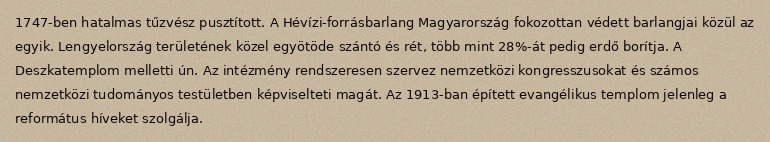
1747-ben hatalmas tűzvész pusztított. A Hévízi-forrásbarlang Magyarország fokozottan védett barlangjai közül az egyik. Lengyelország területének közel egyötöde szántó és rét, több mint 28%-át pedig erdő borítja. A Deszkatemplom melletti ún. Az intézmény rendszeresen szervez nemzetközi kongresszusokat és számos nemzetközi tudományos testületben képviselteti magát. Az 1913-ban épített evangélikus templom jelenleg a református híveket szolgálja.